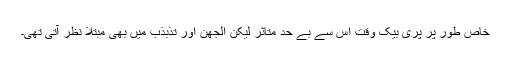
خاص طور پر پری بیک وقت اس سے بے حد متاثر لیکن الجھن اور تذبذب میں بھی مبتلا نظر آتی تھی۔